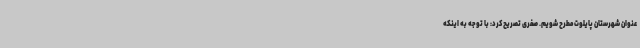
عنوان شهرستان پایلوت مطرح شویم. صفری تصریح کرد: با توجه به اینکه